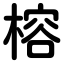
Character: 榕